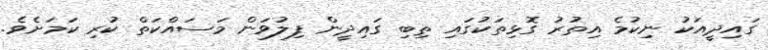
ގައިދީއަކު ނިކުމެ އިތުރު ގޮޅިތަކުގައި ތިބި ގައިދީން ފިލުވަން މަސައްކަތް ކުރި ކަމަށެވެ.